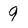
Character: 9